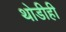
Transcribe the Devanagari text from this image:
थोडीही